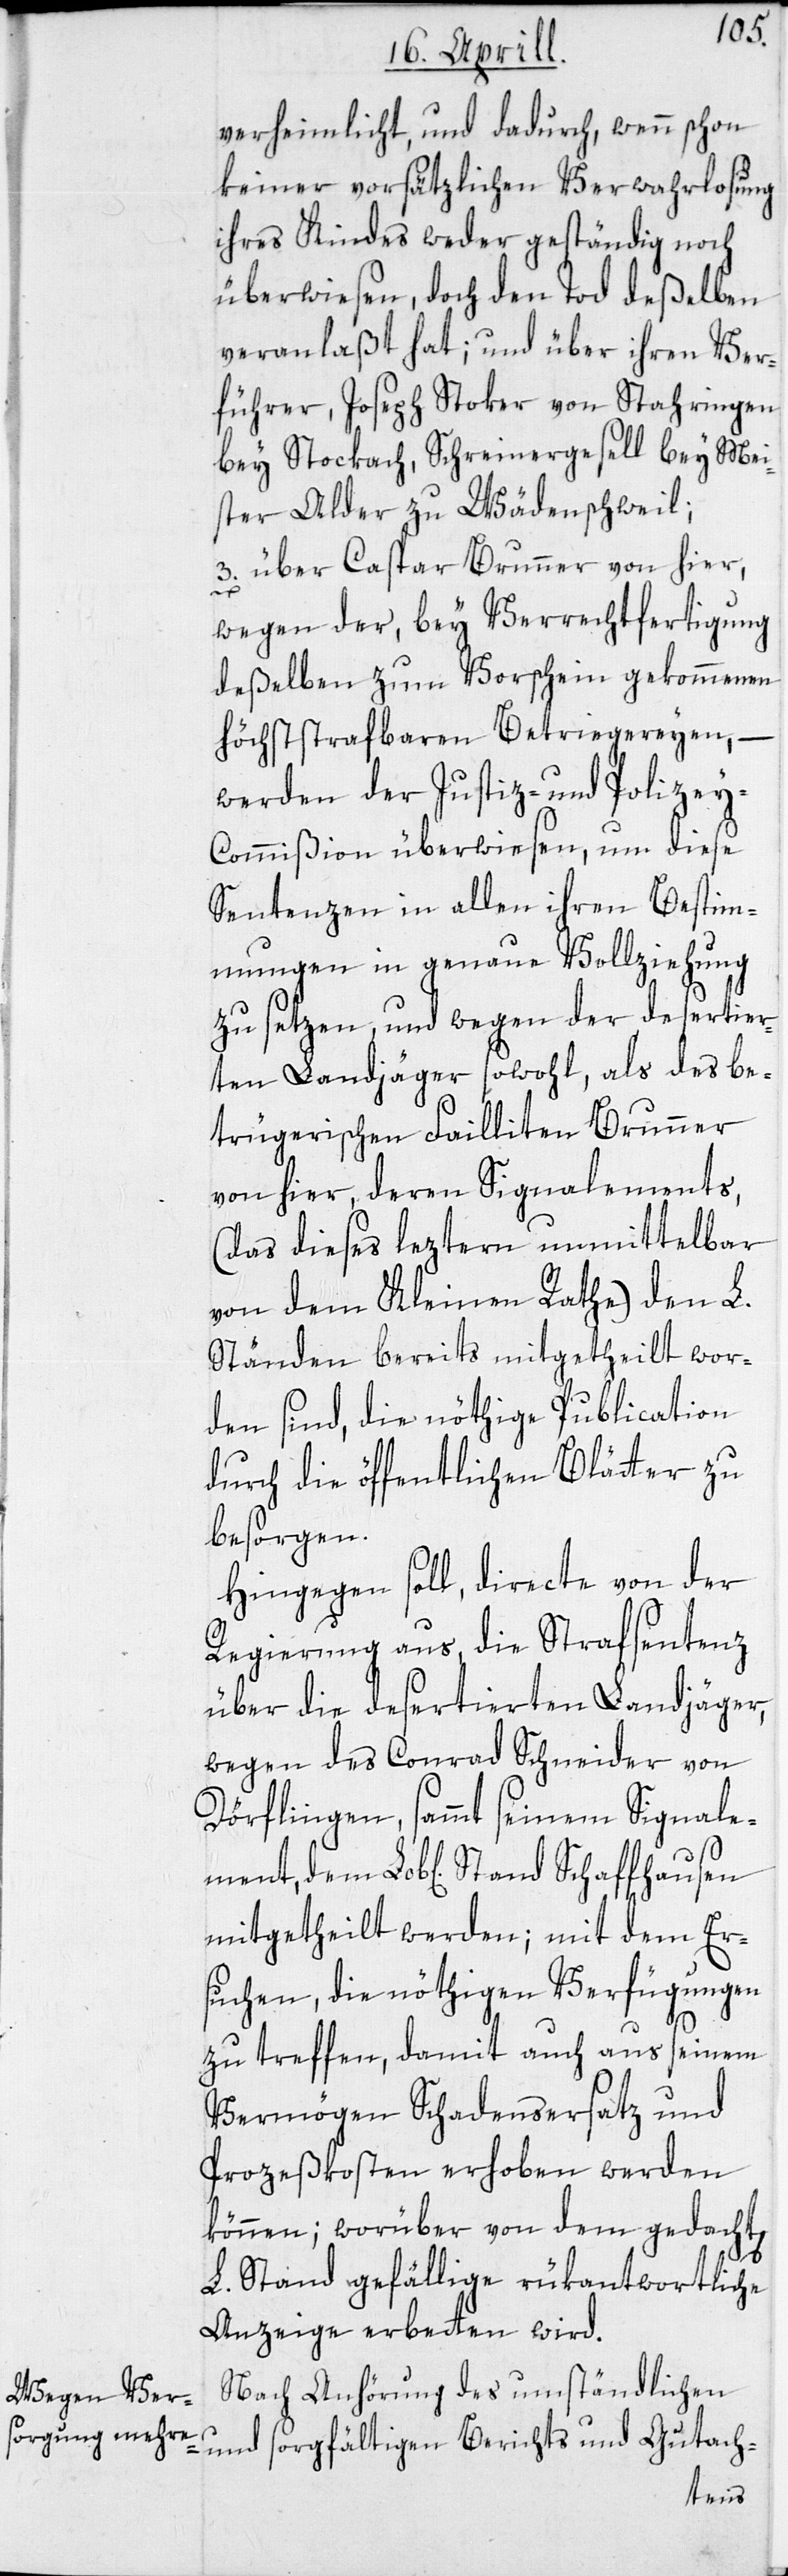
verheimlicht, und dadurch, wenn schon
keiner vorsätzlichen Verwahrlosung
ihres Kindes weder geständig noch
überwiesen, doch den Tod deßelben
veranlaßt hat; und über ihren Ver¬
führer, Joseph Stoker von Stahringen
bey Stockach, Schreinergesell bey Mei¬
ster Alder zu Wädenschweil;
3. über Caspar Brunner von hier,
dem
wegen der, bey Verrechtfertigung
deßelben zum Vorschein gekommenen
höchst strafbaren Betriegereyen,
werden der Justiz- und Polize¬
y-Commißion überwiesen, um diese
Sentenzen in allen ihren Bestim¬
mungen in genaue Vollziehung
zu setzen, und wegen der desertier¬
ten Landjäger sowohl, als des be¬
trügerischen Failliten Brunner
von hier, deren Signalements
(das dieses leztern unmittelbar
von dem Kleinen Rathe) den L.
Ständen bereits mitgetheilt wor¬
den sind, die nöthige Publication
durch die öffentlichen Blätter zu
besorgen.
Hingegen soll, directe von der
Regierung aus, die Strafsentenz
über die desertierten Landjäger,
wegen des Conrad Schneider von
Dörflingen, sammt seinem Signale¬
mitgetheilt werden; mit dem Er¬
suchen, die nöthigen Verfügungen
zu treffen, damit auch aus seinem
Vermögen Schadensersatz und
Prozeßkosten erhoben werden
können; worüber von dem gedach¬
L. Stand gefällige rükantwortliche
Anzeige erbetten wird.
Nach Anhörung des umständlichen
und sorgfältigen Berichts und Gutach-
t[en]